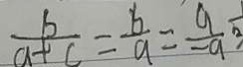
\frac { b } { a + c } = \frac { b } { a } = \frac { a } { - a }